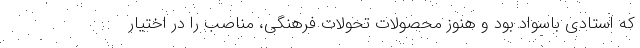
که استادی باسواد بود و هنوز محصولات تحولات فرهنگی، مناصب را در اختیار